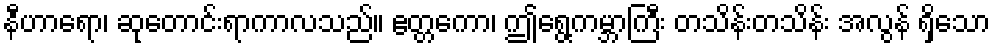
နီဟာရော၊ ဆုတောင်းရာကာလသည်။ ဧတ္တကော၊ ဤရွေ့ကမ္ဘာကြီး တသိန်းတသိန်း အလွန် ရှိသော